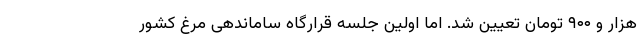
هزار و ۹۰۰ تومان تعیین شد. اما اولین جلسه قرارگاه ساماندهی مرغ کشور